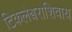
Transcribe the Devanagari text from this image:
टिकलेश्वराशिवाय